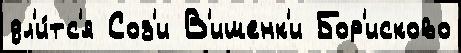
дл'и́тс'я Соз'и В'ишенк'и Бор'исково